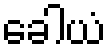
ခေါယံ